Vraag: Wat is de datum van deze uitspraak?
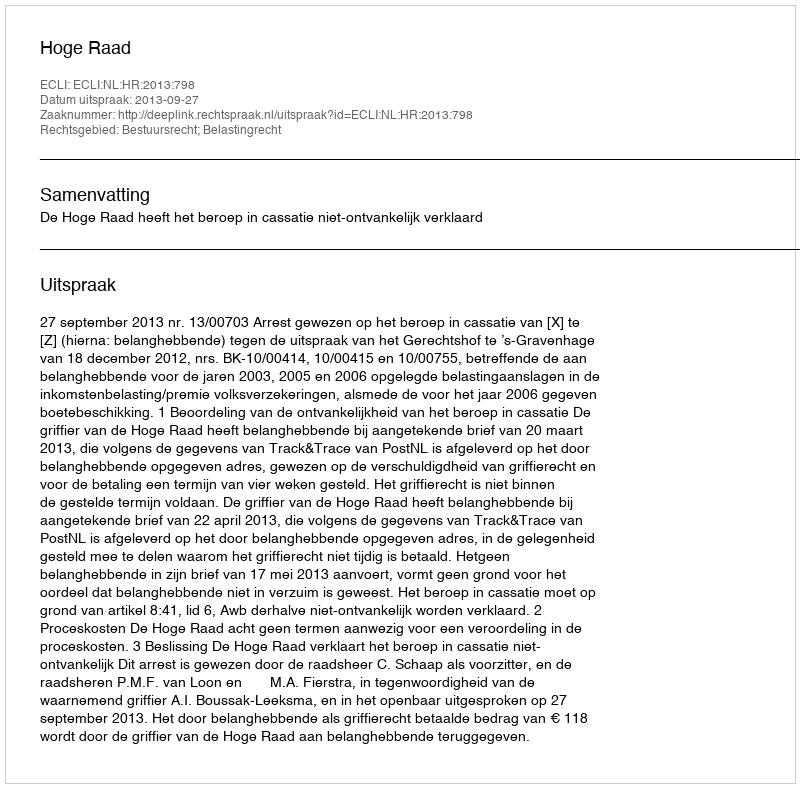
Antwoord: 2013-09-27